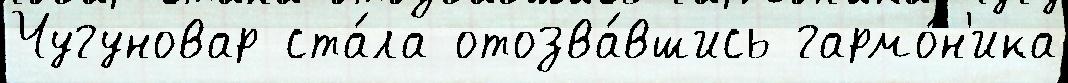
Чугуновар ста́ла отозва́вшись гармо́н'ика